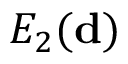
E _ { 2 } ( { \bf d } )